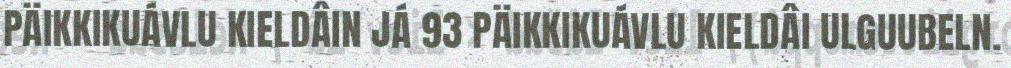
PÄIKKIKUÁVLU KIELDÂIN JÁ 93 PÄIKKIKUÁVLU KIELDÂI ULGUUBELN.